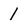
Character: 1